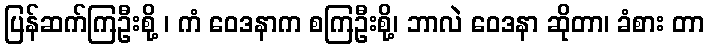
ပြန်ဆက်ကြဦးစို့ ၊ ကံ ဝေဒနာက စကြဦးစို့၊ ဘာလဲ ဝေဒနာ ဆိုတာ၊ ခံစား တာ